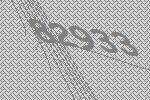
82933